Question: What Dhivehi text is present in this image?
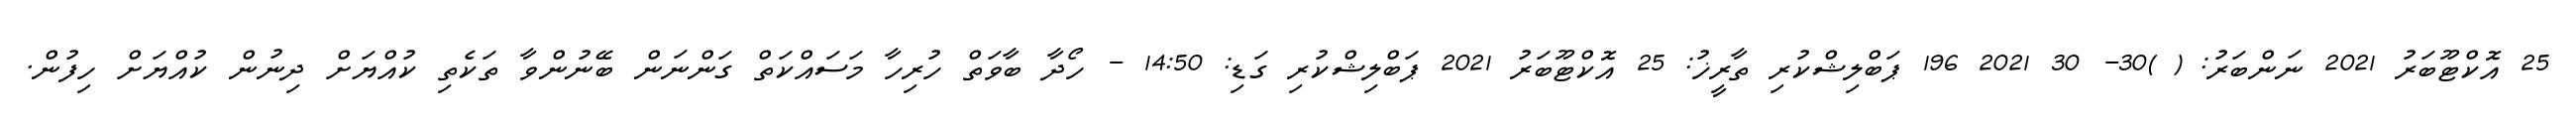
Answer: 25 އޮކްޓޫބަރު 2021 ނަންބަރު: ( )30- 30 2021 196 ޕަބްލިޝްކުރި ތާރީޚު: 25 އޮކްޓޫބަރު 2021 ޕަބްލިޝްކުރި ގަޑި: 14:50 - ހޯދާ ބާވަތް ހުރިހާ މަސައްކަތް ގަންނަން ބޭނުންވާ ތަކެތި ކުއްޔަށް ދިނުން ކުއްޔަށް ހިފުން.